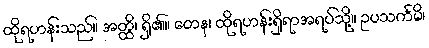
ထိုရဟန်းသည်။ အတ္ထိ၊ ရှိ၏။ တေန၊ ထိုရဟန်းရှိရာအရပ်သို့။ ဥပသင်္ကမိ၊